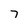
Character: 7